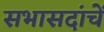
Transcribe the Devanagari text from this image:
सभासदांचें